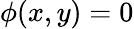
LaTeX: \phi(x,y)=0